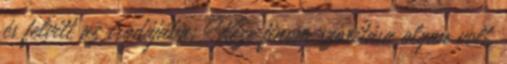
és felvitt az irodájába. Keze finom szorítása olyan volt,